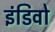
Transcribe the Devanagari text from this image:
इंडिवो